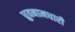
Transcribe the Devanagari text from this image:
ध्रुवनामधारी